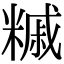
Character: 𥼀